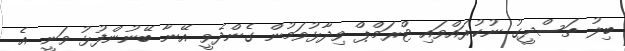
ބިލު ތަސްދީގު ނުކުރައްވައި ޓްރަމްޕް ވިދާޅުވަމުން ގެންދެވީ އޭނާ ބޭނުންފުޅު ވަނީ އެ